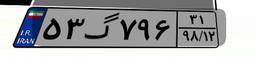
۱۸گ۴۴۷۲۳